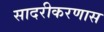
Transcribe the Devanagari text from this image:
सादरीकरणास